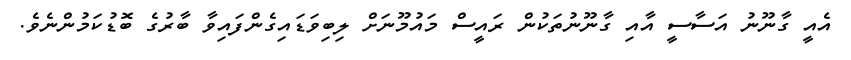
އެއީ ގާނޫނު އަސާސީ އާއި ގާނޫނުތަކުން ރައީސް މައުމޫނަށް ލިބިވަޑައިގެންފައިވާ ބާރުގެ ބޮޑުކަމުންނެވެ.